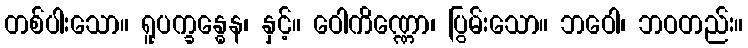
တစ်ပါးသော။ ရူပက္ခန္ဓေန၊ နှင့်။ ဝေါကိဏ္ဏော၊ ပြွမ်းသော။ ဘဝေါ၊ ဘဝတည်း။